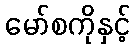
မော်စကိုနှင့်